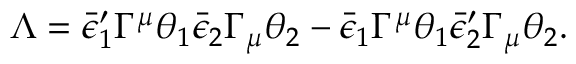
\Lambda = \bar { \epsilon } _ { 1 } ^ { \prime } \Gamma ^ { \mu } \theta _ { 1 } \bar { \epsilon } _ { 2 } \Gamma _ { \mu } \theta _ { 2 } - \bar { \epsilon } _ { 1 } \Gamma ^ { \mu } \theta _ { 1 } \bar { \epsilon } _ { 2 } ^ { \prime } \Gamma _ { \mu } \theta _ { 2 } .